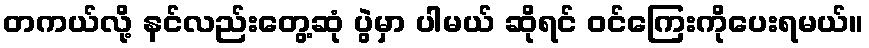
တကယ်လို့ နင်လည်းတွေ့ဆုံ ပွဲမှာ ပါမယ် ဆိုရင် ဝင်ကြေးကိုပေးရမယ်။